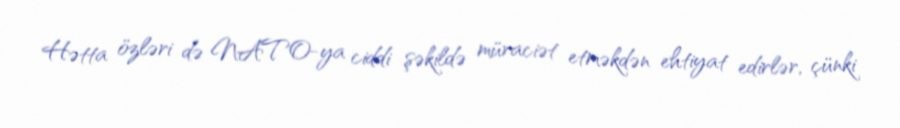
Hətta özləri də NATO-ya ciddi şəkildə müraciət etməkdən ehtiyat edirlər, çünki